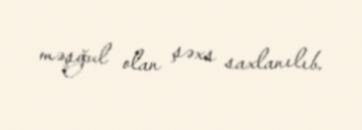
məşğul olan şəxs saxlanılıb.